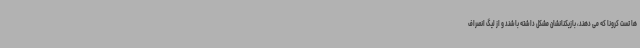
ها تست کرونا که می دهند، بازیکنانشان مشکل داشته باشند و از لیگ انصراف